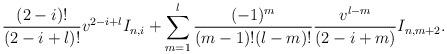
LaTeX: \begin{align*} \frac{(2-i)!}{(2-i+l)!}v^{2-i+l}I_{n,i}+\sum_{m=1}^l\frac{(-1)^m}{(m-1)!(l-m)!}\frac{v^{l-m}}{(2-i+m)}I_{n,m+2}.\end{align*}